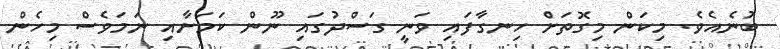
ބުނެއެވެ. މިކަން މިގޮތަށް ހިނގާފައި ވަނީ ގަސްދުގައި ނޫން ކަމަށާއި ނަމަވެސް މިހެން